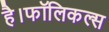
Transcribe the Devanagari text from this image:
है।फॉलिकल्स